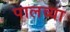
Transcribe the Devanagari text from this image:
पालव्या